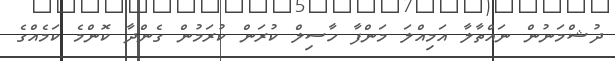
ދުޝްމަނުން ނައްތާލާ އަމިއްލަ މަންފާ ހާސިލް ކުރަން ކުރަމުން ގެންދާ ކޮންމެ ކަމެއްގެ